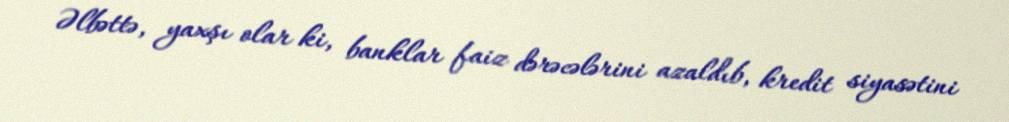
Əlbəttə, yaxşı olar ki, banklar faiz dərəcələrini azaldıb, kredit siyasətini